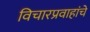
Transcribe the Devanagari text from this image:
विचारप्रवाहांचे